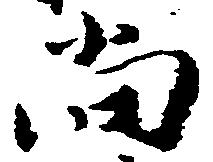
尚